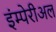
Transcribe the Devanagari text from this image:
इंम्पेरीअल